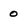
Character: 0